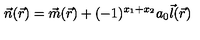
{ \vec { n } } ( { \vec { r } } ) = { \vec { m } } ( { \vec { r } } ) + ( - 1 ) ^ { x _ { 1 } + x _ { 2 } } a _ { 0 } { \vec { l } } ( { \vec { r } } )